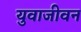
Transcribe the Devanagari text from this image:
युवाजीवन